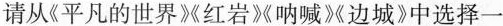
请从《平凡的世界》红岩》呐喊》》边城》中选择一